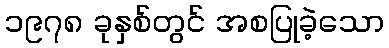
၁၉၇၈ ခုနှစ်တွင် အစပြုခဲ့သော